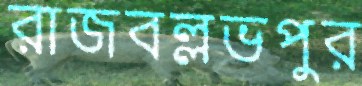
রাজবল্লভপুর